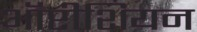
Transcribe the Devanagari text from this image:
ऑप्टीशियन